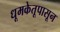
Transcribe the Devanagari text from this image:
धूमकेतूपासून